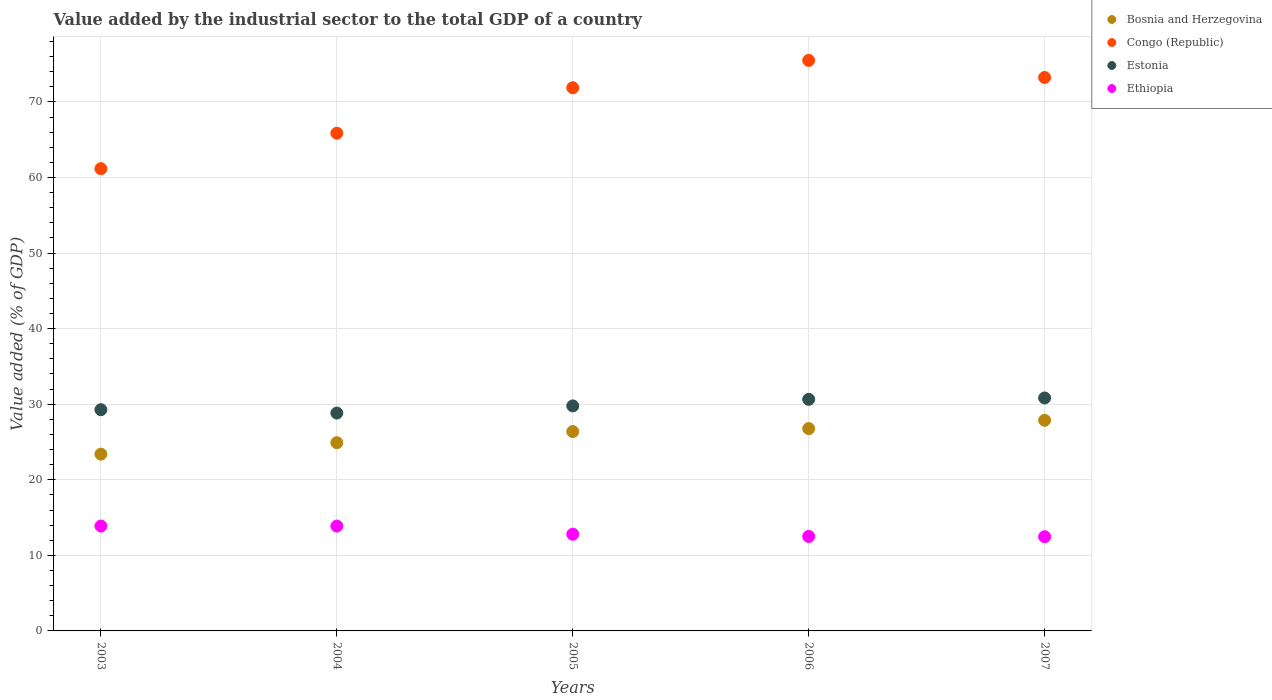
| Years | Bosnia and Herzegovina | Congo (Republic) | Estonia | Ethiopia |
 | --- | --- | --- | --- | --- |
 | 2003 | 23.4 | 61.2 | 29.3 | 13.9 |
 | 2004 | 24.9 | 65.9 | 28.8 | 13.9 |
 | 2005 | 26.4 | 71.9 | 29.8 | 12.8 |
 | 2006 | 26.8 | 75.5 | 30.6 | 12.5 |
 | 2007 | 27.9 | 73.2 | 30.8 | 12.5 |